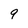
Character: 9